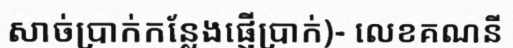
សាច់ប្រាក់កន្លែងផ្ញើប្រាក់)- លេខគណនី